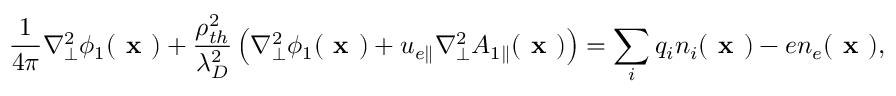
\frac { 1 } { 4 \pi } \nabla _ { \perp } ^ { 2 } \phi _ { 1 } ( \textbf { x } ) + \frac { \rho _ { t h } ^ { 2 } } { \lambda _ { D } ^ { 2 } } \left( \nabla _ { \perp } ^ { 2 } \phi _ { 1 } ( \textbf { x } ) + u _ { e \parallel } \nabla _ { \perp } ^ { 2 } A _ { 1 \parallel } ( \textbf { x } ) \right) = \sum _ { i } q _ { i } n _ { i } ( \textbf { x } ) - e n _ { e } ( \textbf { x } ) ,